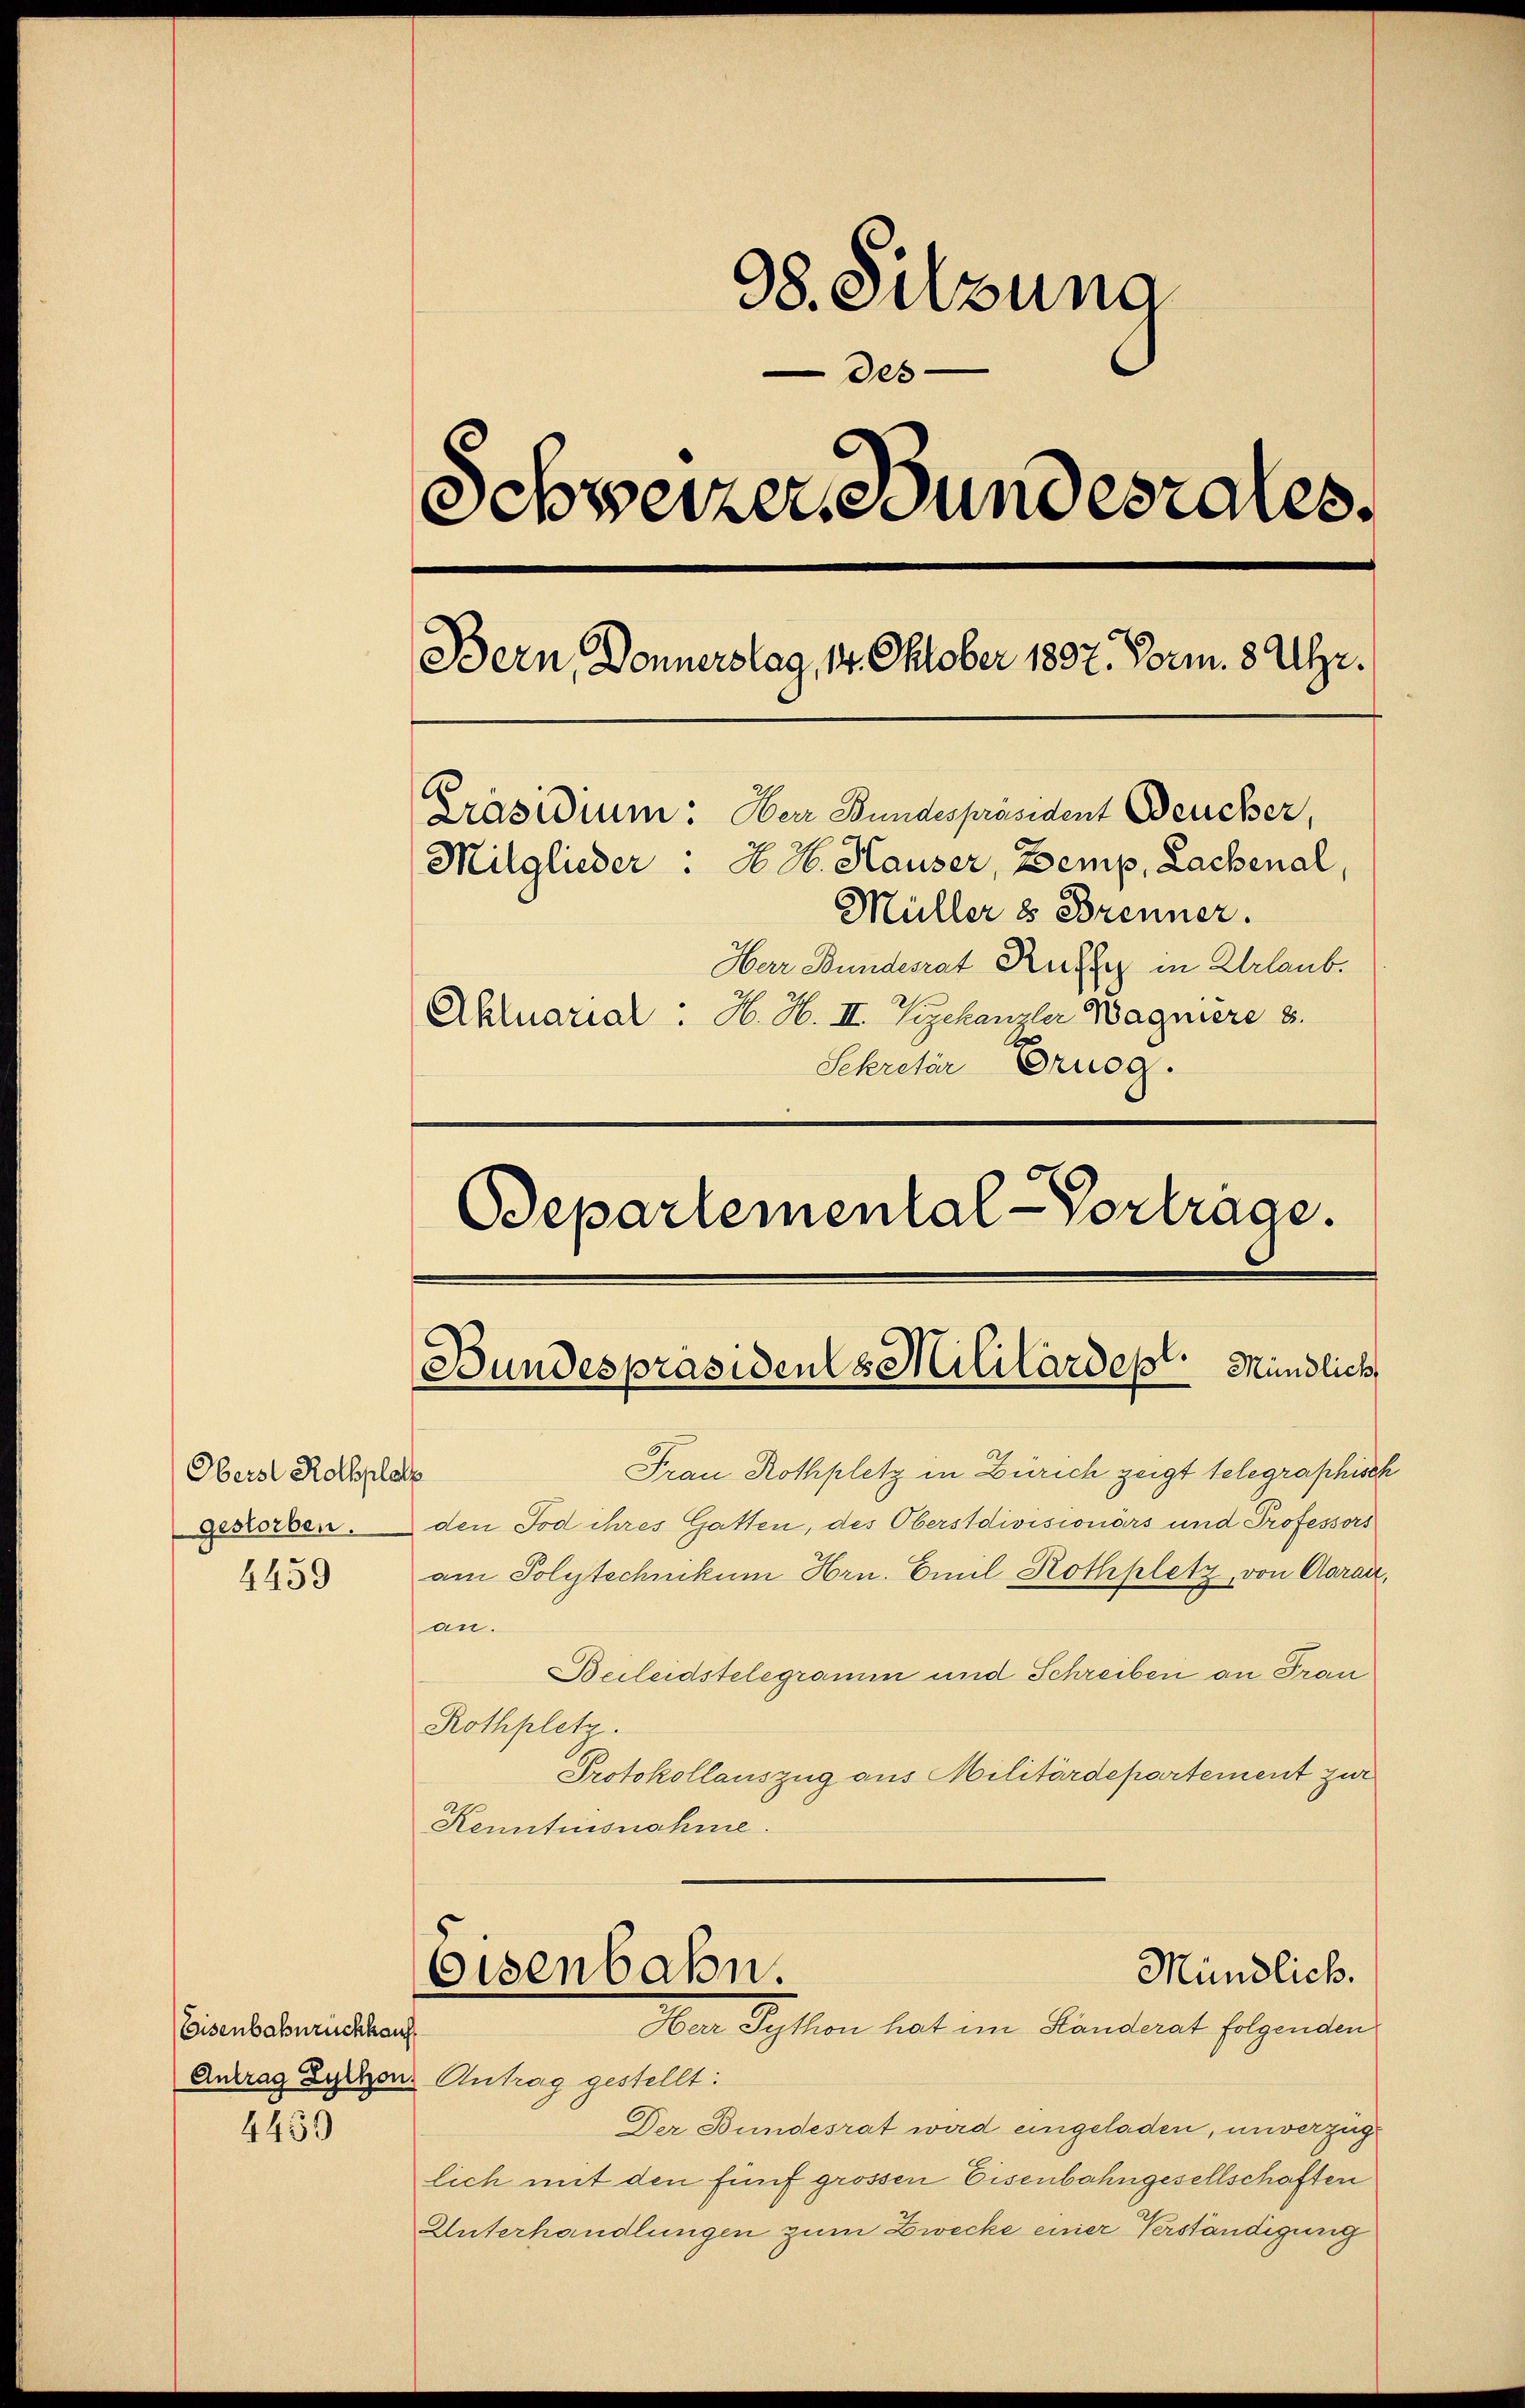
Herst Rothplatz
gestorben.
4459

Eisenbahnrückkauf
4459

98. Silzuna
des
Schweizer Bundesrates.
Bern, Donnerstag, 14. Oktober 1897. Vorm. 8 Uhr.
Präsidium. Herr Bundespräsident Beucher,
Mitglieder . N. 26. Hauser, Demp, Lachenal,
Müller & Brenner.
Har Bundesrat Rechte in Urlaub.
Aktuarial. H. H. II. Vizekanzler Wagniere 8.
Sekretär Ernog.

Bepartemental-Vortrage.

Bundespräsidents Militärdes Mündlich,

Frau Rothplatz in Zürich zeigt telegraphisch
den Tod ihres Gatten, des Oberstdivisionars und Professors
am Polytechnikum Hrn. Emil Rothplatz, von Aarau,
an.
Beileidstelegramm und Schreiben an Frau
Rothplatz.
Protokollauszug aus Militärdepartement zur
Kenntnisnahme.
Mündlich.
Eisenbahn.
Ien Syston hat im Handerat folgenden
Antrag Zucken. Antrag gestellt:
Der Bundesrat wird eingeladen, unverzug
lich mit den fünf grossen Eisenbahngesellschaften
Unterhandlungen zum Zwecke einer Verständigung